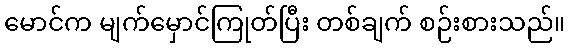
မောင်က မျက်မှောင်ကြုတ်ပြီး တစ်ချက် စဉ်းစားသည်။